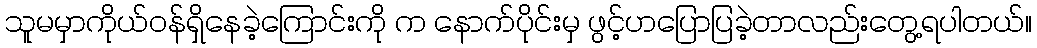
သူမမှာကိုယ်ဝန်ရှိနေခဲ့ကြောင်းကို က နောက်ပိုင်းမှ ဖွင့်ဟပြောပြခဲ့တာလည်းတွေ့ရပါတယ်။